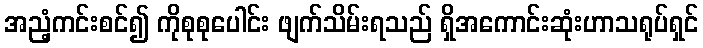
အညံ့ကင်းစင်၍ ကိုစုစုပေါင်း ဖျက်သိမ်းရသည် ရှိအကောင်းဆုံးဟာသရုပ်ရှင်